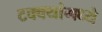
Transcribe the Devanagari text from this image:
टक्‍क्‍यांमध्ये